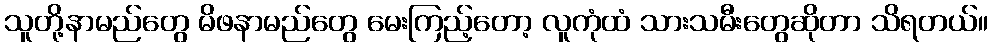
သူတို့နာမည်တွေ မိဖနာမည်တွေ မေးကြည့်တော့ လူကုံထံ သားသမီးတွေဆိုတာ သိရတယ်။